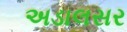
અડાલસર